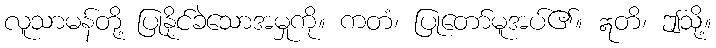
လူသာမန်တို့ ပြုနိုင်ခဲသောအမှုကို။ ကတံ၊ ပြုတော်မူအပ်၏။ ဣတိ၊ ဤသို့။